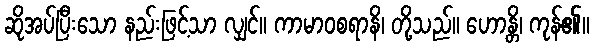
ဆိုအပ်ပြီးသော နည်းဖြင့်သာ လျှင်။ ကာမာဝစရာနိ၊ တို့သည်။ ဟောန္တိ၊ ကုန်၏။